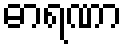
ဓာရဏာ